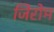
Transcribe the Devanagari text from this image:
जिरोम